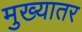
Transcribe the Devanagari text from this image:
मुख्यातर